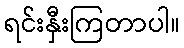
ရင်းနှီးကြတာပါ။